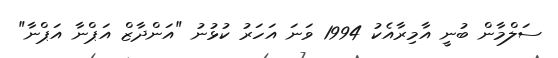
ސަލްމާން ބުނީ އާމިރާއެކު 1994 ވަނަ އަހަރު ކުޅުނު "އަންދާޒް އަޕްނާ އަޕްނާ"